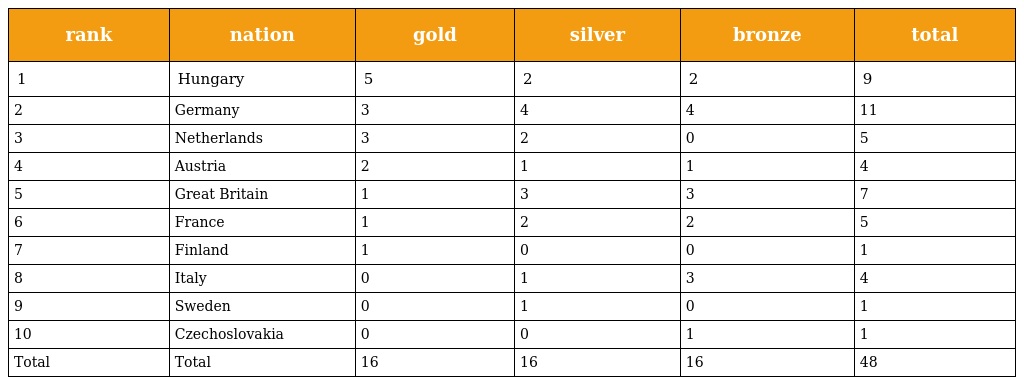
| rank | nation | gold | silver | bronze | total |
 | --- | --- | --- | --- | --- | --- |
 | 1 | Hungary | 5 | 2 | 2 | 9 |
 | 2 | Germany | 3 | 4 | 4 | 11 |
 | 3 | Netherlands | 3 | 2 | 0 | 5 |
 | 4 | Austria | 2 | 1 | 1 | 4 |
 | 5 | Great Britain | 1 | 3 | 3 | 7 |
 | 6 | France | 1 | 2 | 2 | 5 |
 | 7 | Finland | 1 | 0 | 0 | 1 |
 | 8 | Italy | 0 | 1 | 3 | 4 |
 | 9 | Sweden | 0 | 1 | 0 | 1 |
 | 10 | Czechoslovakia | 0 | 0 | 1 | 1 |
 | Total | Total | 16 | 16 | 16 | 48 |